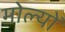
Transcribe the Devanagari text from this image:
मोल्यों